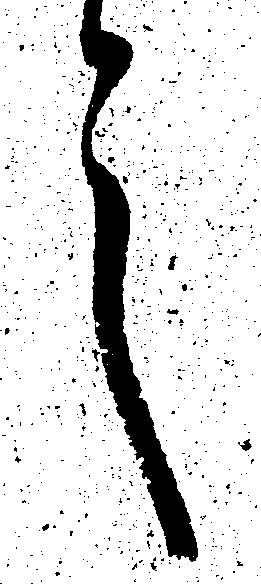
言